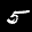
Label: 5